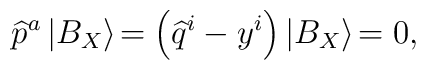
\widehat{p}^{a}\left| B_{X}\right\rangle \!=\left( \widehat{q}^{i}-y^{i}\right) \left| B_{X}\right\rangle \!=0,